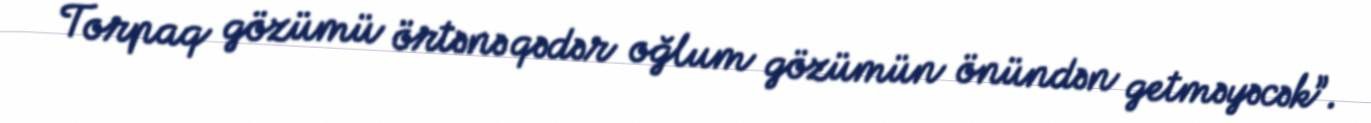
Torpaq gözümü örtənə qədər oğlum gözümün önündən getməyəcək”.